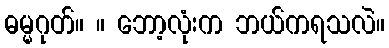
ဓမ္မဂုတ်။ ။ ဘော့လုံးက ဘယ်ကရသလဲ။